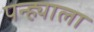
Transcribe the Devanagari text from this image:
पन्ह्याला